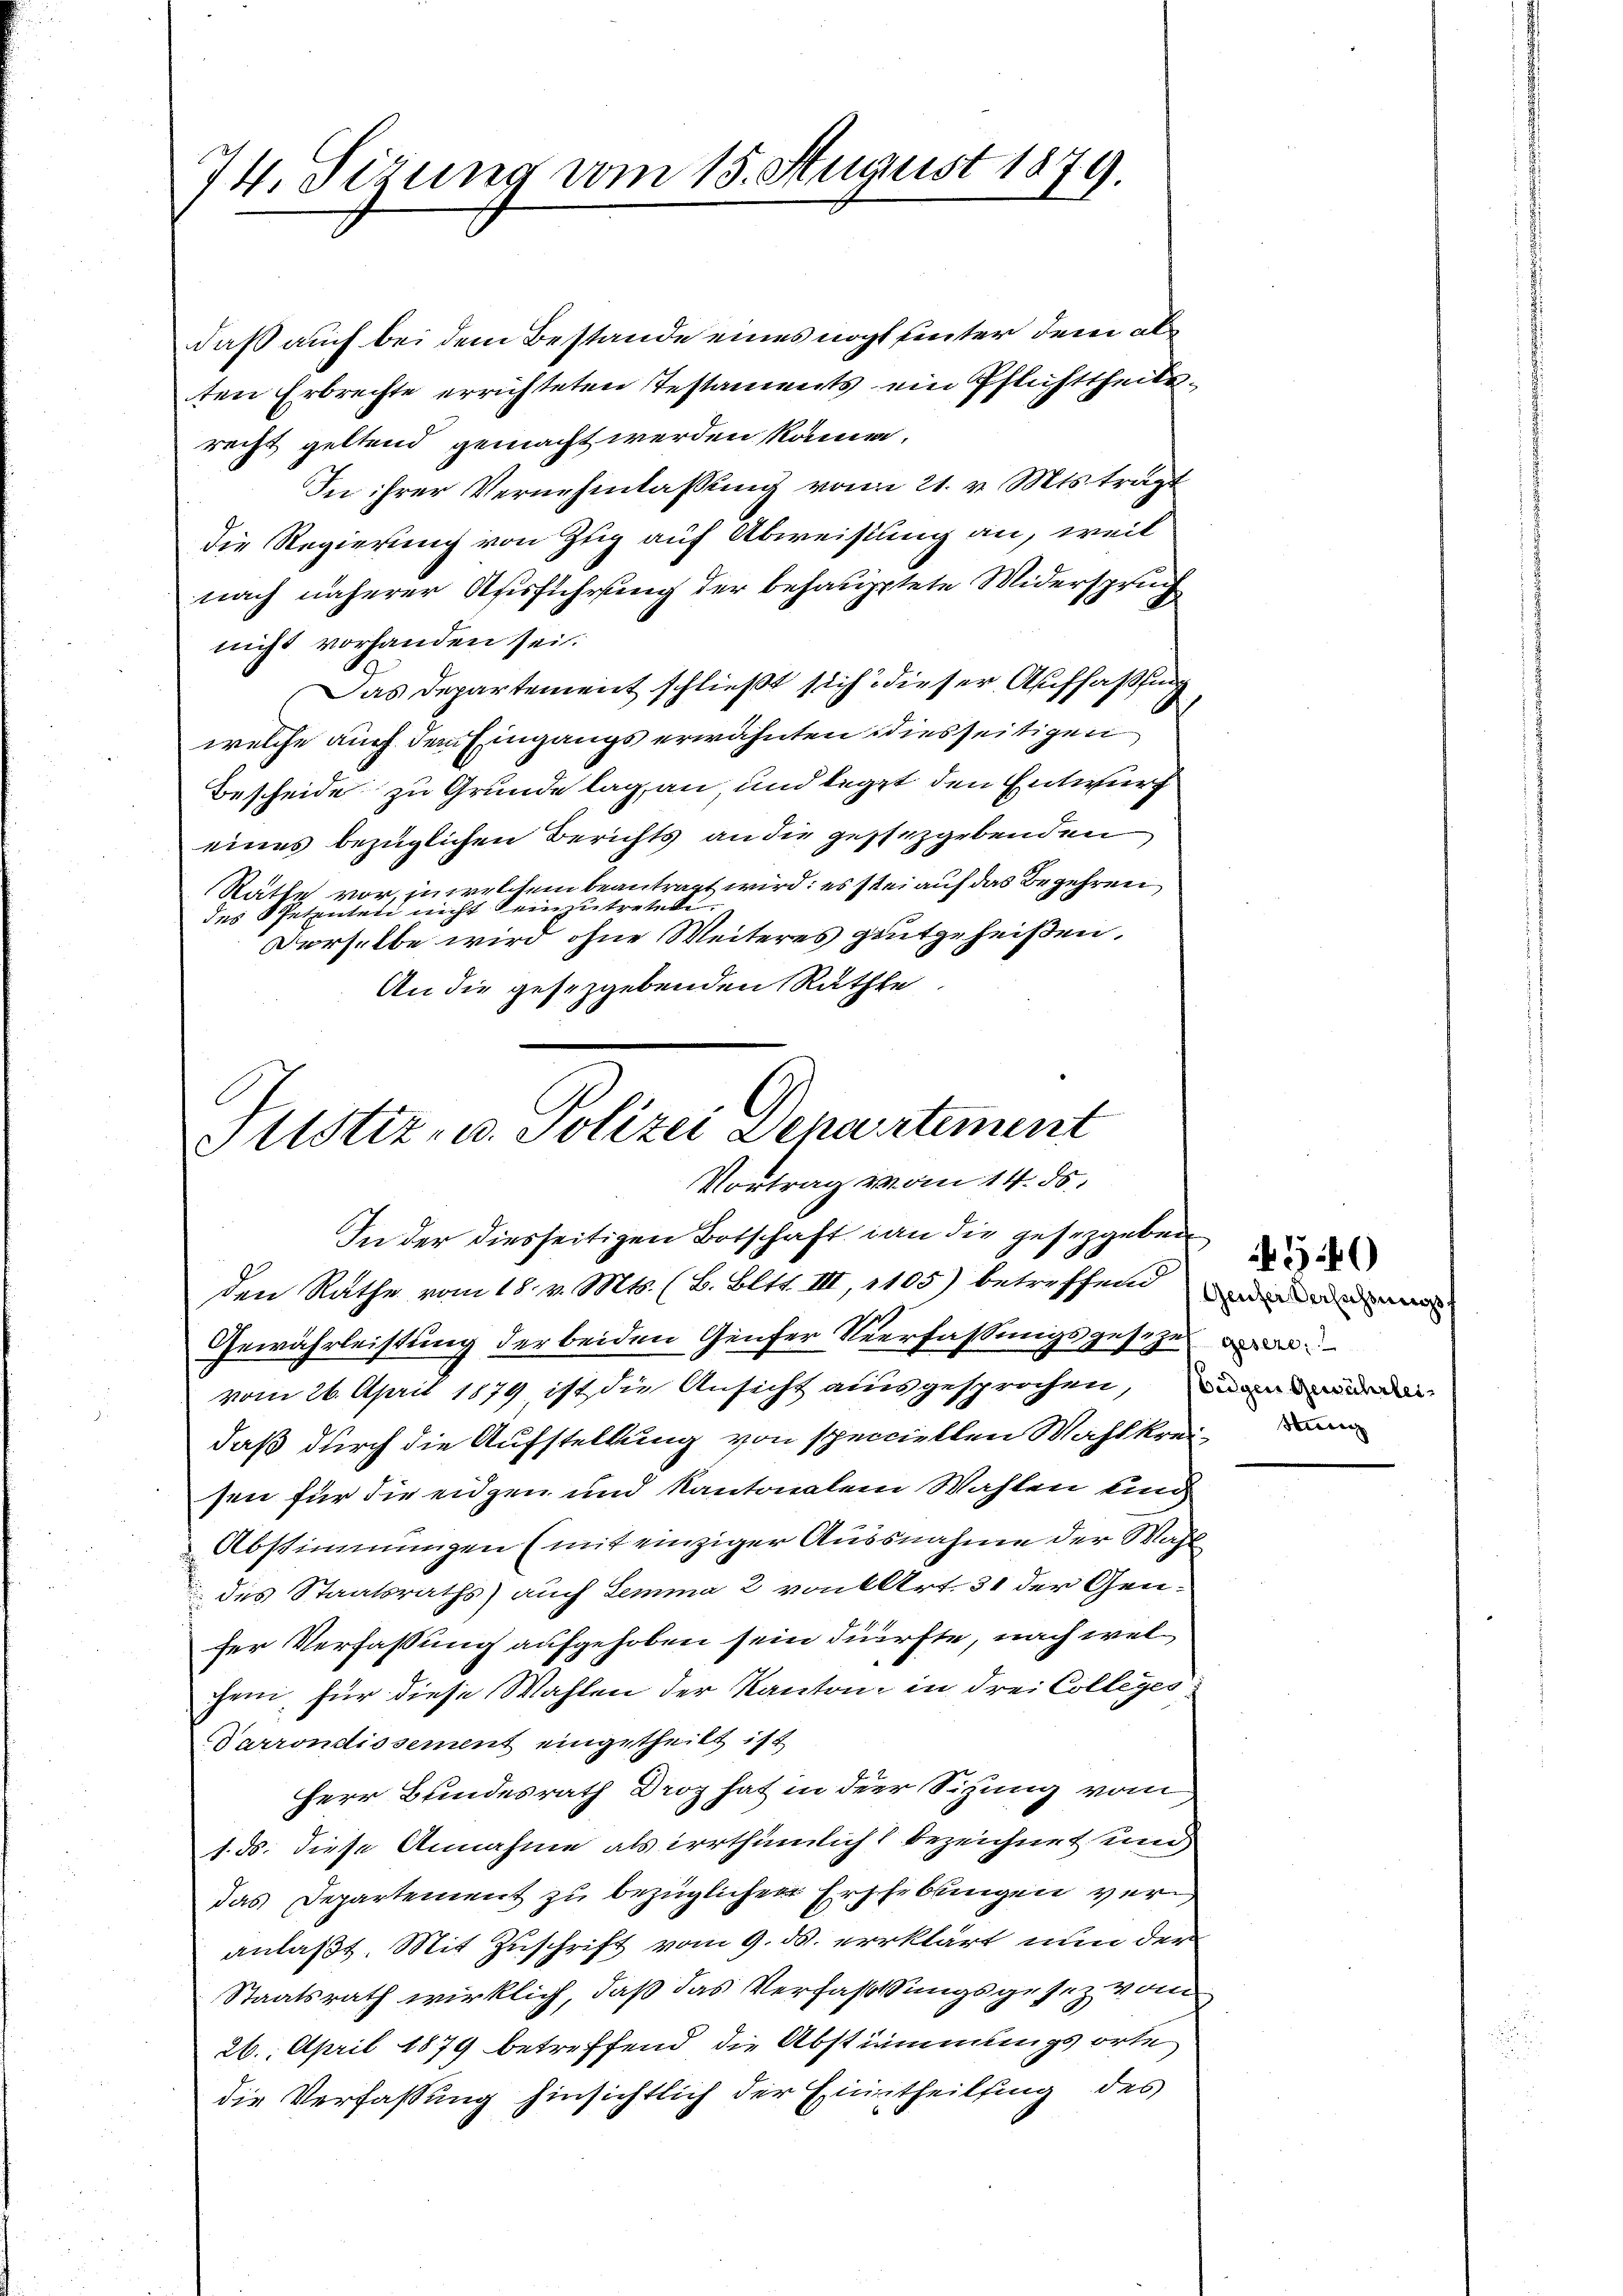
74. Sizung vom 15. August 1879.

daß auch bei dem Bestande eines nicht unter dem alten Erbrechte errichteten Testaments ein Pflichttheitsrecht geltend gemacht werden könne.
In ihrer Vernehmlassung vom 21. v. Mts. tragt
die Regierung von Zug auf Abweistung an, weil
nach näherer Ausführung der behaupptete Widerspruch
nicht vorhanden sei.
Das Departement schließt sich dieser Auffassung
welche auch dem Eingangs erwähnten diesseitigen
Bescheide zu Grunde lag, an, und legt den Entwurf
eines bezüglichen Berichts an die gestezgebenden
Stätte vor, in welchem beantragt wird; es stei auf das Begehren
des Spetenten nicht einzutretene
Derselbe wird ohne Weiteres gutgeheißen,
An die gesezgebenden Ruthte

Justiz- u. Polizei Departement
Vortrag vom 14. ds.
In der diesseitigen Botschaft an die gesezgeben

den Rathe vom 18. v. Mts. (B. Blts. III, 1105) betreffend einem
Gewährleistung der beiden Genfer Verfassungsgesetzes de
vom 26. April 1879 ist die Ansicht ausgesprochen, die
daß durch die Aufstellung von speciellen Wahlkrei. Dann
sen für die eidgen und Kantonalem Wahlen und
Abstimmungen (mit einziger Aussnahme der Wahl
des Staatsraths) auch Lemma 2 von 4 Art. 31 der Genser Verfaßung aufgehoben sein dürfte, nach welchen, für diese Wahlen der Kanton, in drei Colleges
Darrondissement eingetheilt ist
Herr Bundesrath Droz hat in der Sitzung vom
1. ds. diese Annahme als irrthümlich 2 bezeichnet und
das Departement zu bezüglichen Ershebungen veranlaßt. Mit Zuschrift vom 9. ds. erklärt nun der
Staatsrath wirklich, daß das Verfassungsgesez vom
26. April 1879 betreffend die Abstimmungsorte
die Verfassung hinsichtlich der Eintheilung des

546)